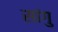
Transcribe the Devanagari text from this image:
सांगु